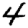
Digit: 4